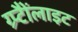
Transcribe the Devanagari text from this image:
ग्र्प्टैैोंलाइट